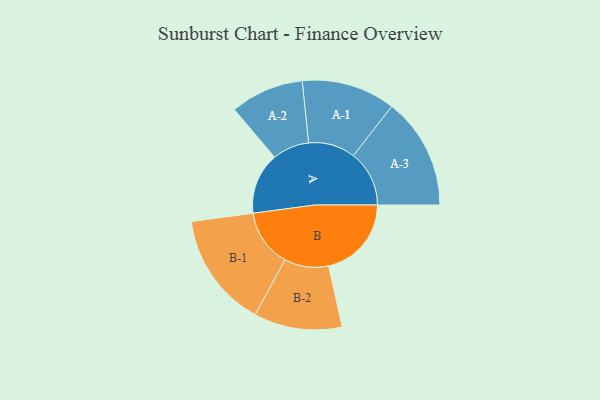
{"axis": {"x": "Segment", "y": "Value"}, "legend": ["", "A", "B"], "data": [{"x": "A", "y": 316, "type": ""}, {"x": "B", "y": 426, "type": ""}, {"x": "A-1", "y": 241, "type": "A"}, {"x": "A-2", "y": 189, "type": "A"}, {"x": "A-3", "y": 287, "type": "A"}, {"x": "B-1", "y": 296, "type": "B"}, {"x": "B-2", "y": 227, "type": "B"}]}